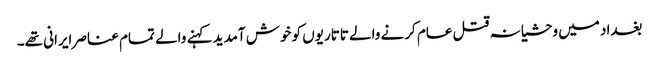
بغداد میں وحشیانہ قتل عام کرنے والے تاتاریوں کو خوش آمدید کہنے والے تمام عناصر ایرانی تھے۔